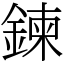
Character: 鍊